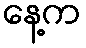
နေ့က